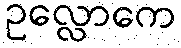
ဥလ္လောကေ